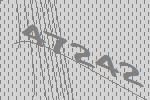
47242